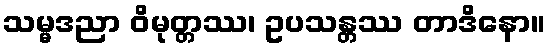
သမ္မဒညာ ဝိမုတ္တဿ၊ ဥပသန္တဿ တာဒိနော။